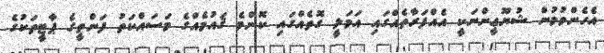
އެހެންވުމުން ޝުޔޫޢީންނަކީ އެއްފަރާތެއްގައި އަމަލީ ގޮތެއްގައި ކޮންމެ ޤައުމެއްގެ މަސައްކަތު ފަންތީގެ ޕާޓީތަކުގެ